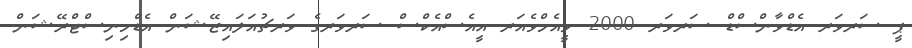
ޕީ ސަރވަރ އެޑްވާންސްޑް ސަރވަރ 2000 ވީއެމްވެއަރ އީއެސްއެކްސް ސަރވަރގެ ވަރޗުއަލައިޒޭޝަން އެޑްމިނިސްޓްރޭޝަން